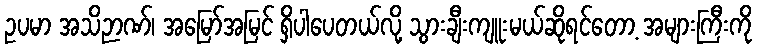
ဥပမာ အသိဉာဏ်၊ အမြော်အမြင် ရှိပါပေတယ်လို့ သွားချီးကျူးမယ်ဆိုရင်တော့ အများကြီးကို